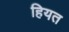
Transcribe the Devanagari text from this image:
हियत